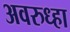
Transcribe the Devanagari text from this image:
अवरुध्हा